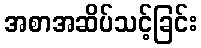
အစာအဆိပ်သင့်ခြင်း